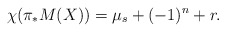
\begin{align*}\chi(\pi_* M(X)) = \mu_s + (-1)^n + r.\end{align*}